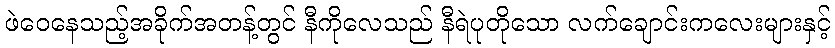
ဖဲဝေနေသည့်အခိုက်အတန့်တွင် နီကိုလေသည် နီရဲပုတိုသော လက်ချောင်းကလေးများနှင့်